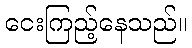
ငေးကြည့်နေသည်။